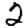
Digit: 2